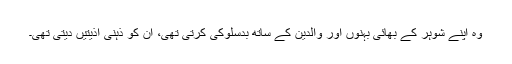
وہ اپنے شوہر کے بھائی بہنوں اور والدین کے ساتھ بدسلوکی کرتی تھی، ان کو ذہنی اذیتیں دیتی تھی۔